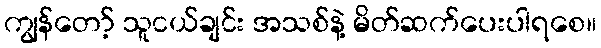
ကျွန်တော့် သူငယ်ချင်း အသစ်နဲ့ မိတ်ဆက်ပေးပါရစေ။